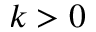
k > 0